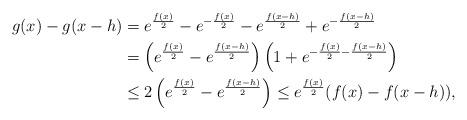
LaTeX: \begin{align*}g(x)-g(x-h) & = e^{\frac{f(x)}{2}} - e^{-\frac{f(x)}{2}} -e^{\frac{f(x-h)}{2}} + e^{-\frac{f(x-h)}{2}} \\& = \left( e^{\frac{f(x)}{2}}-e^{\frac{f(x-h)}{2}} \right) \left( 1 +e^{-\frac{f(x)}{2} -\frac{f(x-h)}{2}} \right) \\& \leq 2\left(e^{\frac{f(x)}{2}}-e^{\frac{f(x-h)}{2}} \right) \leq e^{\frac{f(x)}{2}} (f(x)-f(x-h)),\end{align*}